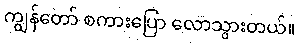
ကျွန်တော် စကားပြော လောသွားတယ်။